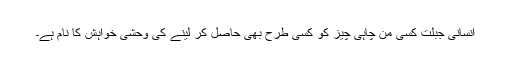
انسانی جبلت کسی من چاہی چیز کو کسی طرح بھی حاصل کر لینے کی وحشی خواہش کا نام ہے۔